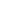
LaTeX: \! \! \! \! \! \! \! \! \! \! \! \psi\! \! \! \! \! \! \! \! \! \! \! \! _{\! }\! \! \! \! \! \! \! \! \! \! \! 1\! \! \! \! \! \! \! \! \! \! \! \! ^{\! }\! \! \! \! \! \! \! \! \! \! \! 2\! \! \! \! \! \! \! \! \! \! \! \! \! \! \! \! \! \! \! \! \! \! \! \! -\! \! \! \! \! \! \! \! \! \! \! \! \! \! \! \! \! \! \! \! \! \! \! \! \beta\! \! \! \! \! \! \! \! \! \! \! \! _{\! }\! \! \! \! \! \! \! \! \! \! \! 1\! \! \! \! \! \! \! \! \! \! \! \! \! \! \! \! \! \! \! \! \! \! \! \! \eta\! \! \! \! \! \! \! \! \! \! \! \! _{\! }\! \! \! \! \! \! \! \! \! \! \! 1\! \! \! \! \! \! \! \! \! \! \! \! <\! \! \! \! \! \! \! \! \! \! \! \! 0\! \! \! \! \! \! \! \! \! \! \! \! .\! \! \! \! \! \! \! \! \! \! \! \! \! \! \! \! \! \! \! \! \! \! \!